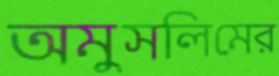
অমুসলিমের